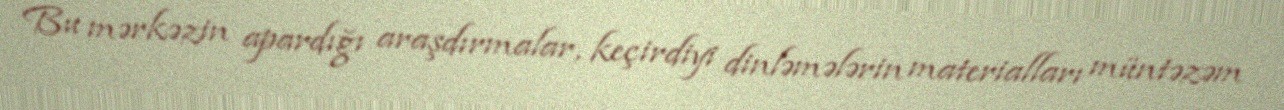
Bu mərkəzin apardığı araşdırmalar, keçirdiyi dinləmələrin materialları müntəzəm